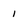
Character: i